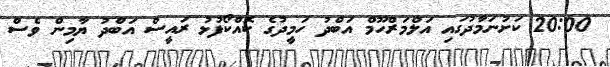
20:00 ކަށުނަމާދުގައި އަލްމަރްހޫމް އަބްދު ހަމީދުގެ ކޮއްކޯފުޅު ރައީސް އަބްދު ޔާމިން ވެސް